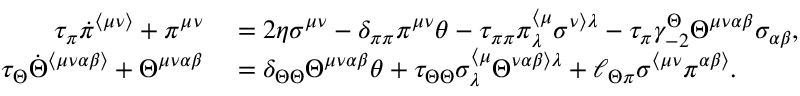
\begin{array} { r l } { \tau _ { \pi } \dot { \pi } ^ { \langle \mu \nu \rangle } + \pi ^ { \mu \nu } } & { { } = 2 \eta \sigma ^ { \mu \nu } - \delta _ { \pi \pi } \pi ^ { \mu \nu } \theta - \tau _ { \pi \pi } \pi _ { \lambda } ^ { \langle \mu } \sigma ^ { \nu \rangle \lambda } - \tau _ { \pi } \gamma _ { - 2 } ^ { \Theta } \Theta ^ { \mu \nu \alpha \beta } \sigma _ { \alpha \beta } , } \\ { \tau _ { \Theta } \dot { \Theta } ^ { \langle \mu \nu \alpha \beta \rangle } + \Theta ^ { \mu \nu \alpha \beta } } & { { } = \delta _ { \Theta \Theta } \Theta ^ { \mu \nu \alpha \beta } \theta + \tau _ { \Theta \Theta } \sigma _ { \lambda } ^ { \langle \mu } \Theta ^ { \nu \alpha \beta \rangle \lambda } + \ell _ { \Theta \pi } \sigma ^ { \langle \mu \nu } \pi ^ { \alpha \beta \rangle } . } \end{array}